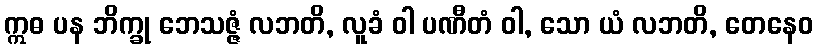
ဣဓ ပန ဘိက္ခု ဘေသဇ္ဇံ လဘတိ, လူခံ ဝါ ပဏီတံ ဝါ, သော ယံ လဘတိ, တေနေဝ